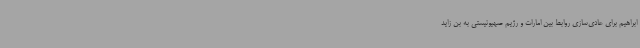
ابراهیم برای عادی‌سازی روابط بین امارات و رژیم صهیونیستی به بن زاید